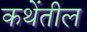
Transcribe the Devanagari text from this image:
कथेंतील